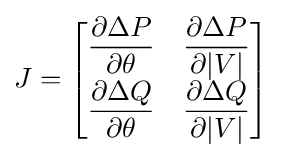
J={\begin{bmatrix}{\dfrac {\partial \Delta P}{\partial \theta }}&{\dfrac {\partial \Delta P}{\partial |V|}}\\{\dfrac {\partial \Delta Q}{\partial \theta }}&{\dfrac {\partial \Delta Q}{\partial |V|}}\end{bmatrix}}